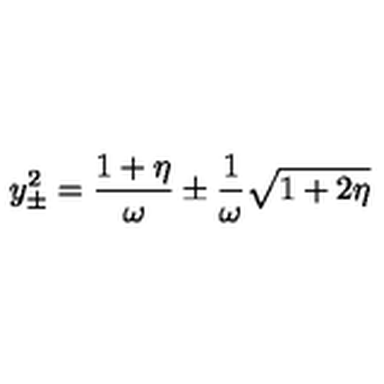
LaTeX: y _ { \pm } ^ { 2 } = { \frac { 1 + \eta } { \omega } } \pm { \frac { 1 } { \omega } } \sqrt { 1 + 2 \eta }